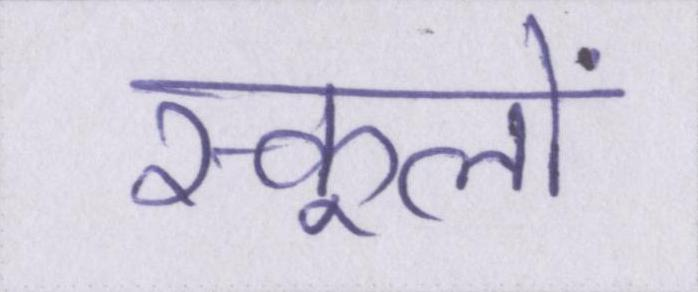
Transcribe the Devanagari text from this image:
स्कूलों